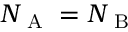
N _ { \mathrm { ~ A ~ } } = N _ { \mathrm { ~ B ~ } }